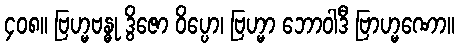
၄၀၈။ ဗြဟ္မဗန္ဓု ဒွိဇော ဝိပ္ပော၊ ဗြဟ္မာ ဘောဝါဒီ ဗြာဟ္မဏော။